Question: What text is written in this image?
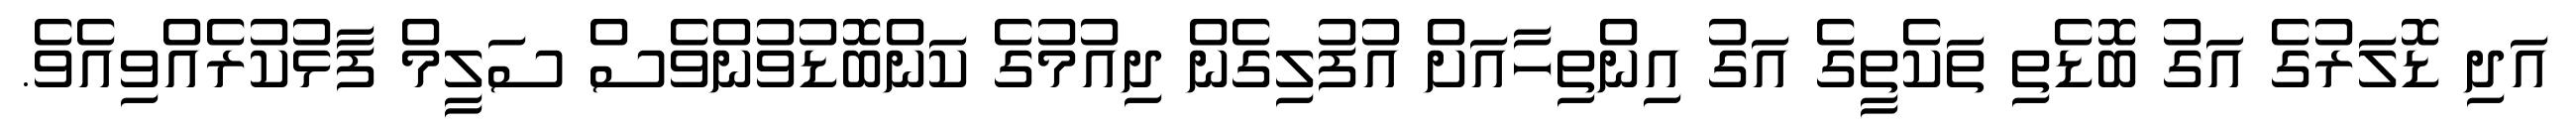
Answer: އަދި ޑޮލަރުގެ އަގު ބޮޑެތި ތަކެތީގެ އަގު އިންތިހާއަށް އުފުލިގެން ދިއުމުގެ ކަންބޮޑުވުންވެސް ސަލީމް ފާޅުކުރެއްވިއެވެ.